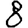
Digit: 8